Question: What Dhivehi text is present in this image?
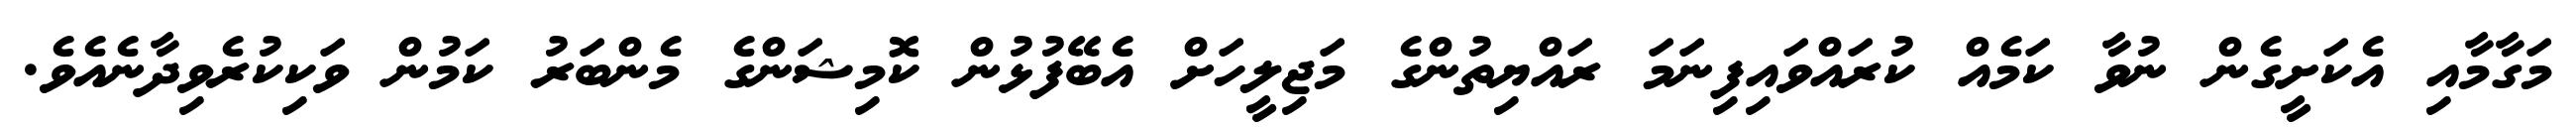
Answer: މަގާމާއި އެކަށީގެން ނުވާ ކަމެއް ކުރައްވައިފިނަމަ ރައްޔިތުންގެ މަޖިލީހަށް އެބޭފުޅުން ކޮމިޝަންގެ މެންބަރު ކަމުން ވަކިކުރެވިދާނެއެވެ.